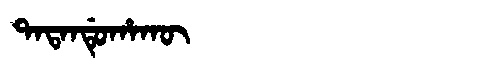
Manchu: ᡨᠠᡨᠠᠨᡩᡠᡥᠠᡴᡡ
Romanization: TATANDUHAKŪ